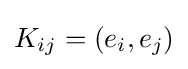
K_{ij}=(e_{i},e_{j})